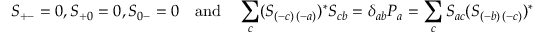
S _ { + - } = 0 , S _ { + 0 } = 0 , S _ { 0 - } = 0 \quad \mathrm { a n d } \quad \sum _ { c } ( S _ { ( - c ) \, ( - a ) } ) ^ { \ast } S _ { c b } = \delta _ { a b } P _ { a } = \sum _ { c } S _ { a c } ( S _ { ( - b ) \, ( - c ) } ) ^ { \ast }